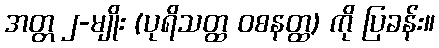
အတ္တ ၂-မျိုး (ပုရိသတ္ထ ဝစနတ္ထ) ကို ပြခန်း။